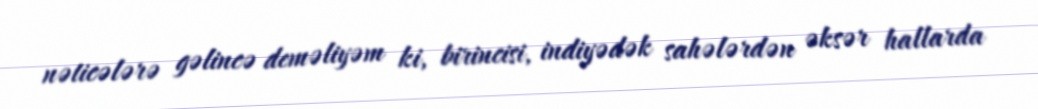
nəticələrə gəlincə deməliyəm ki, birincisi, indiyədək sahələrdən əksər hallarda